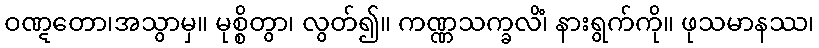
ဝဏ္ဋတော၊အသွာမှ။ မုစ္စိတွာ၊ လွတ်၍။ ကဏ္ဏသက္ခလိံ၊ နားရွက်ကို။ ဖုသမာနဿ၊